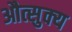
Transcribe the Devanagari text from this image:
औत्सुक्‍य